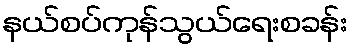
နယ်စပ်ကုန်သွယ်ရေးစခန်း